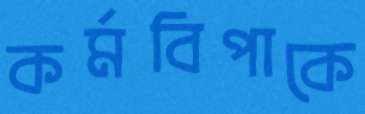
কর্মবিপাকে